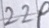
Text: 22P